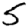
Digit: 5